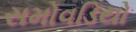
સમોવડિયો